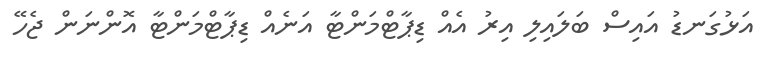
އަޅުގަނޑު އައިސް ބަލައިލި އިރު އެއް ޑިޕާޓްމަންޓާ އަނެއް ޑިޕާޓްމަންޓާ އޮންނަން ޖެހޭ